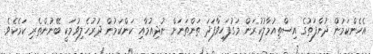
އެހެންކަމުން ދުންފަތުގެ އިސްތިއުމާލުކުރަން މަގުފަހިވާފަދަ ތަންތަނަށް ނުދިއުމާއި ކަންކަމުން ދުރުހެލިވުމަކީ ބޭނުންތެރި ކަމެކެވެ.